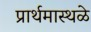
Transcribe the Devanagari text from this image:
प्रार्थमास्थळे